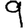
Digit: 9